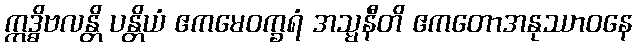
ဣဒ္ဓိဗလန္တိ ပန္တိယံ ဧကမေဝက္ခရံ အသ္မနီတိ ဧကတောအနုဿာဝနေ